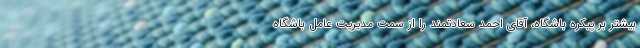
بیشتر بر پیکره باشگاه، آقای احمد سعادتمند را از سمت مدیریت عامل باشگاه